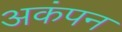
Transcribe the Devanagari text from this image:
अकंपन